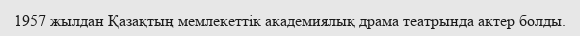
1957 жылдан Қазақтың мемлекеттік академиялық драма театрында актер болды.